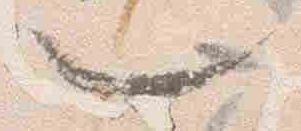
也